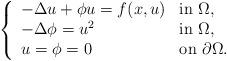
LaTeX: \begin{align*}\left \{ \begin{array}{ll}-\Delta u +\phi u= f(x, u) & \mbox{in $\Omega$,}\\-\Delta \phi= u^{2} & \mbox{in $\Omega$,}\\u=\phi=0 & \mbox{on $\partial\Omega$.}\end{array}\right.\end{align*}